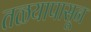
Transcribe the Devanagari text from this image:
तळयापासून